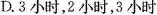
D.3小时，2小时，3小时